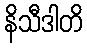
နိသီဒါတိ